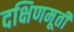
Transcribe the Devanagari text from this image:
दक्षिणमूर्ती